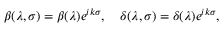
\beta ( \lambda , \sigma ) = \beta ( \lambda ) e ^ { i k \sigma } , \quad \delta ( \lambda , \sigma ) = \delta ( \lambda ) e ^ { i k \sigma } ,